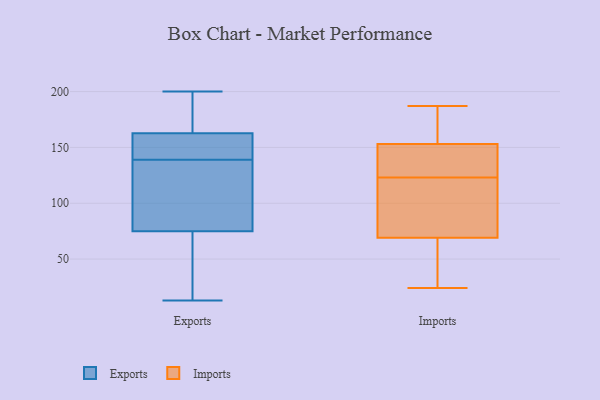
{"axis": {"x": "Tickets Resolved", "y": "Value"}, "legend": ["Exports", "Imports"], "data": [{"x": "", "y": 115, "type": "Exports"}, {"x": "", "y": 150, "type": "Exports"}, {"x": "", "y": 139, "type": "Exports"}, {"x": "", "y": 13, "type": "Exports"}, {"x": "", "y": 68, "type": "Exports"}, {"x": "", "y": 141, "type": "Exports"}, {"x": "", "y": 96, "type": "Exports"}, {"x": "", "y": 178, "type": "Exports"}, {"x": "", "y": 40, "type": "Exports"}, {"x": "", "y": 167, "type": "Exports"}, {"x": "", "y": 200, "type": "Exports"}, {"x": "", "y": 90, "type": "Imports"}, {"x": "", "y": 187, "type": "Imports"}, {"x": "", "y": 102, "type": "Imports"}, {"x": "", "y": 151, "type": "Imports"}, {"x": "", "y": 129, "type": "Imports"}, {"x": "", "y": 172, "type": "Imports"}, {"x": "", "y": 47, "type": "Imports"}, {"x": "", "y": 136, "type": "Imports"}, {"x": "", "y": 70, "type": "Imports"}, {"x": "", "y": 159, "type": "Imports"}, {"x": "", "y": 111, "type": "Imports"}, {"x": "", "y": 31, "type": "Imports"}, {"x": "", "y": 24, "type": "Imports"}, {"x": "", "y": 123, "type": "Imports"}, {"x": "", "y": 132, "type": "Imports"}, {"x": "", "y": 186, "type": "Imports"}, {"x": "", "y": 66, "type": "Imports"}]}